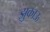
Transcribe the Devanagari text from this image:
झुकाऊ